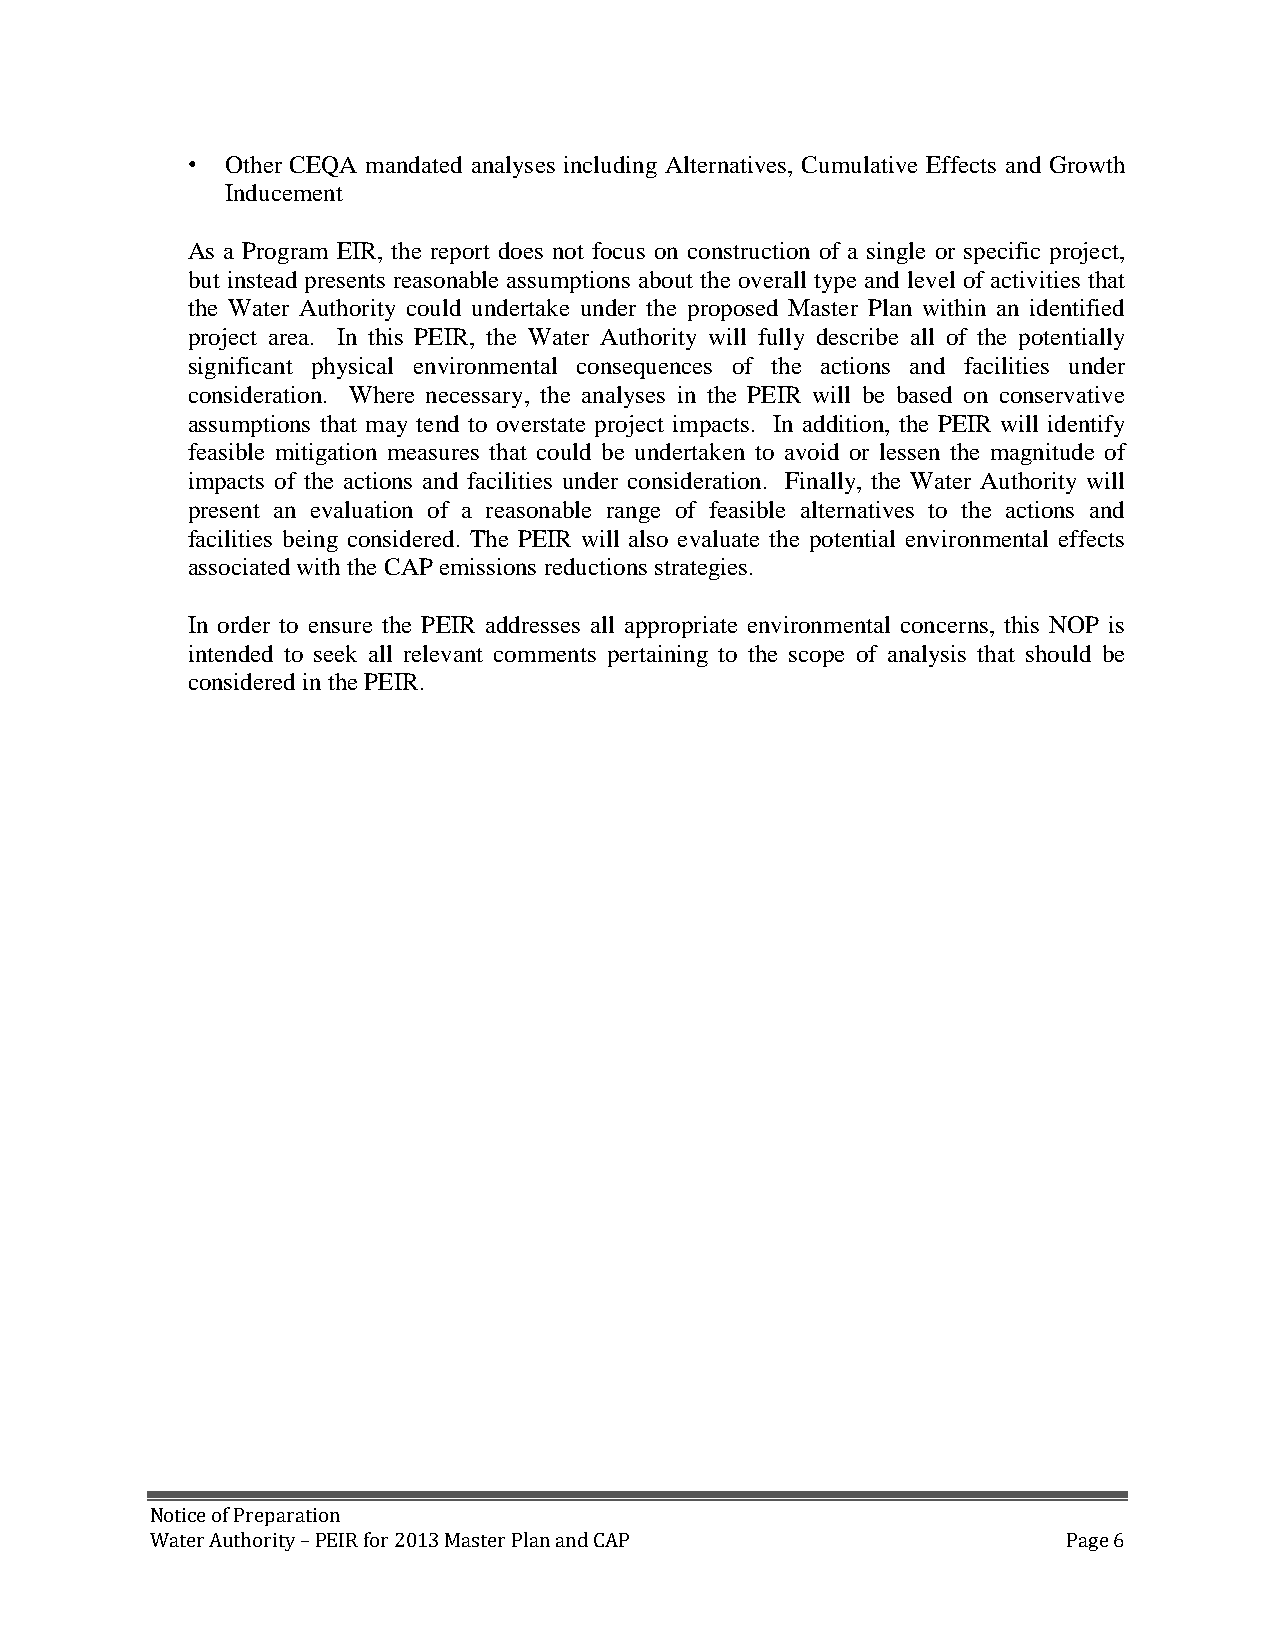
•  Other CEQA mandated analyses including Alternatives, Cumulative Effects and Growth
 Inducement
 As a Program EIR, the report does not focus on construction of a single or specific project,
 but instead presents reasonable assumptions about the overall type and level of activities that
 the Water Authority could undertake under the proposed Master Plan within an identified
 project area. In this PEIR, the Water Authority will fully describe all of the potentially
 significant physical environmental consequences of the actions and facilities under
 consideration. Where necessary, the analyses in the PEIR will be based on conservative
 assumptions that may tend to overstate project impacts. In addition, the PEIR will identify
 feasible mitigation measures that could be undertaken to avoid or lessen the magnitude of
 impacts of the actions and facilities under consideration. Finally, the Water Authority will
 present an evaluation of a reasonable range of feasible alternatives to the actions and
 facilities being considered. The PEIR will also evaluate the potential environmental effects
 associated with the CAP emissions reductions strategies.
 In order to ensure the PEIR addresses all appropriate environmental concerns, this NOP is
 intended to seek all relevant comments pertaining to the scope of analysis that should be
 considered in the PEIR.
 Notice of Preparation
 Water Authority – PEIR for 2013 Master Plan and CAP          Page 6